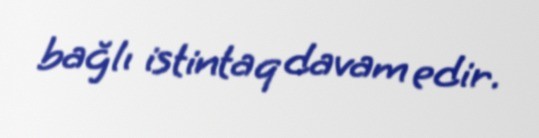
bağlı istintaq davam edir.